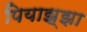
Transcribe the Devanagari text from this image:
पियाझ्झा